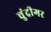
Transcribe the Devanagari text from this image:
चुंद्रीगर